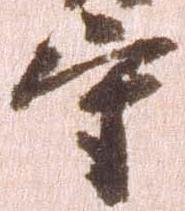
守